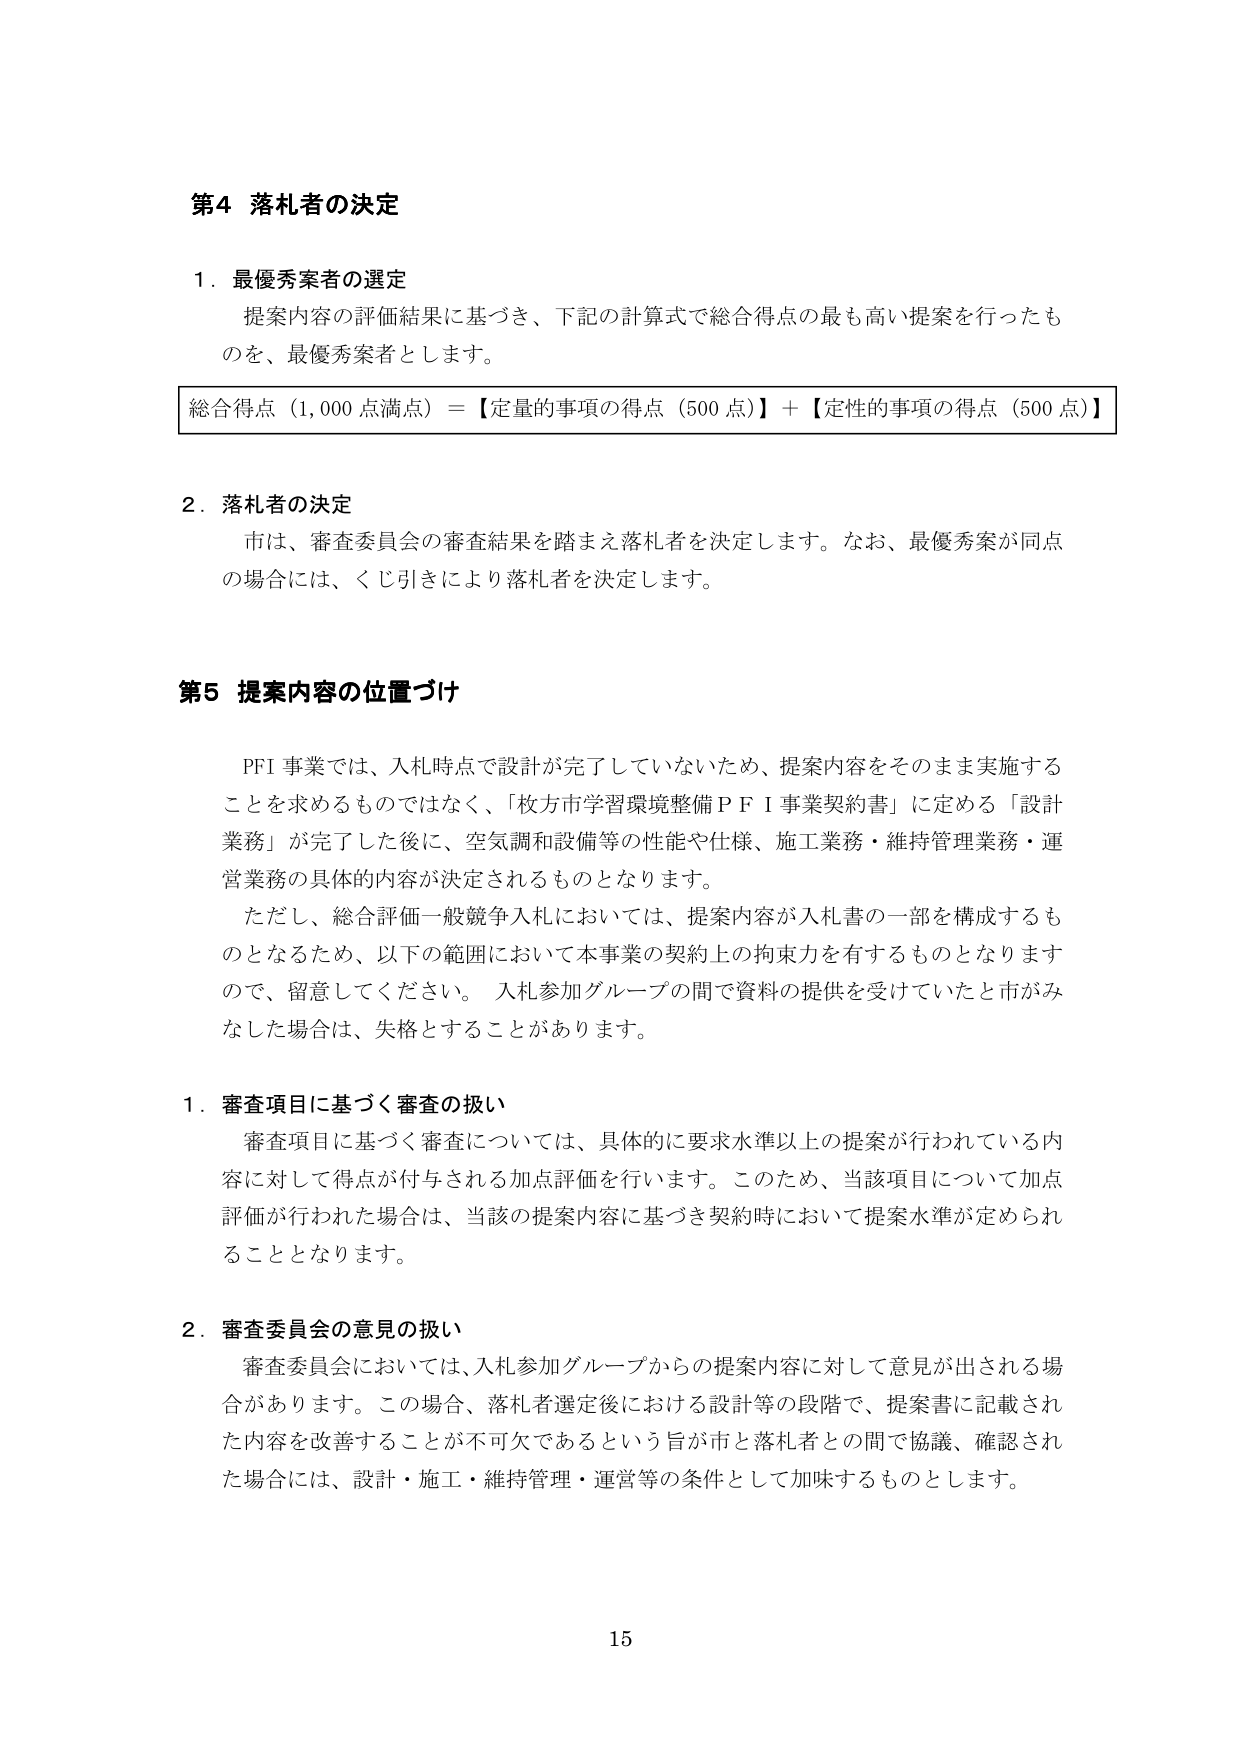
第4 落札者の決定

1. 最優秀案者の選定
提案内容の評価結果に基づき、下記の計算式で総合得点の最も高い提案を行ったものを、最優秀案者とします。

総合得点（1,000点満点）＝【定量的事項の得点（500点）】＋【定性的事項の得点（500点）】

2. 落札者の決定
市は、審査委員会の審査結果を踏まえ落札者を決定します。なお、最優秀案が同点の場合には、くじ引きにより落札者を決定します。

第5 提案内容の位置づけ

PFI事業では、入札時点で設計が完了していないため、提案内容をそのまま実施することを求めるものではなく、「枚方市学習環境整備ＰＦＩ事業契約書」に定める「設計業務」が完了した後に、空気調和設備等の性能や仕様、施工業務・維持管理業務・運営業務の具体的内容が決定されるものとなります。

ただし、総合評価一般競争入札においては、提案内容が入札書の一部を構成するものとなるため、以下の範囲において本事業の契約上の拘束力を有するものとなりますので、留意してください。入札参加グループの間で資料の提供を受けていたと市がみなした場合は、失格とすることがあります。

1. 審査項目に基づく審査の扱い
審査項目に基づく審査については、具体的に要求水準以上の提案が行われている内容に対して得点が付与される加点評価を行います。このため、当該項目について加点評価が行われた場合は、当該の提案内容に基づき契約時において提案水準が定められることとなります。

2. 審査委員会の意見の扱い
審査委員会においては、入札参加グループからの提案内容に対して意見が出される場合があります。この場合、落札者選定後における設計等の段階で、提案書に記載された内容を改善することが不可欠であるという旨が市と落札者との間で協議、確認された場合には、設計・施工・維持管理・運営等の条件として加味するものとします。

15